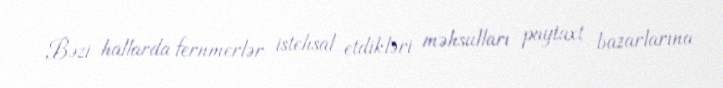
Bəzi hallarda fernmerlər istehsal etdikləri məhsulları paytaxt bazarlarına